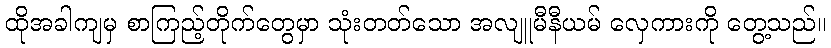
ထိုအခါကျမှ စာကြည့်တိုက်တွေမှာ သုံးတတ်သော အလျူမီနီယမ် လှေကားကို တွေ့သည်။